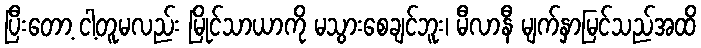
ပြီးတော့ ငါ့တူမလည်း မြိုင်သာယာကို မသွားစေချင်ဘူး၊ မီလာနီ မျက်နှာမြင်သည်အထိ